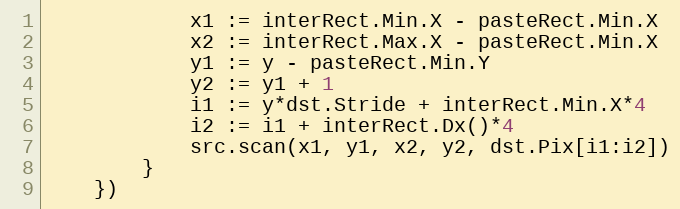
Language: Go
			x1 := interRect.Min.X - pasteRect.Min.X
			x2 := interRect.Max.X - pasteRect.Min.X
			y1 := y - pasteRect.Min.Y
			y2 := y1 + 1
			i1 := y*dst.Stride + interRect.Min.X*4
			i2 := i1 + interRect.Dx()*4
			src.scan(x1, y1, x2, y2, dst.Pix[i1:i2])
		}
	})